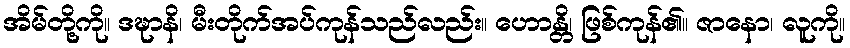
အိမ်တို့ကို။ ဒဍ္ဎာနိ၊ မီးတိုက်အပ်ကုန်သည်လည်း။ ဟောန္တိ၊ ဖြစ်ကုန်၏။ ဇာနော၊ လူကို။